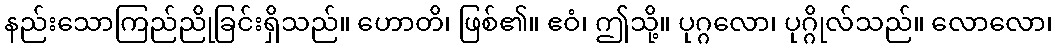
နည်းသောကြည်ညိုခြင်းရှိသည်။ ဟောတိ၊ ဖြစ်၏။ ဧဝံ၊ ဤသို့။ ပုဂ္ဂလော၊ ပုဂ္ဂိုလ်သည်။ လောလော၊